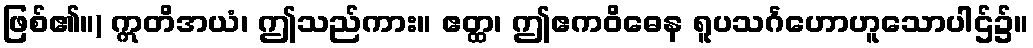
ဖြစ်၏။) ဣတိအယံ၊ ဤသည်ကား။ ဧတ္ထ၊ ဤဧကဝိဓေန ရူပသင်္ဂဟောဟူသောပါဌ်၌။